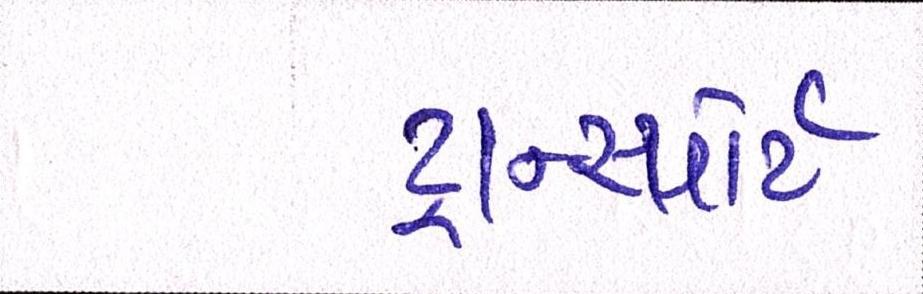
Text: ટ્રાન્સ્પોર્ટ